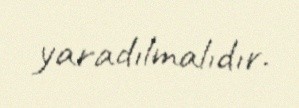
yaradılmalıdır.